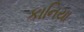
કાનિયા